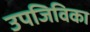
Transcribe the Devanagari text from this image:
उपजिविका